Annual administration report of the Civil Veterinary Department of India - 1895-1896
Year: 1895
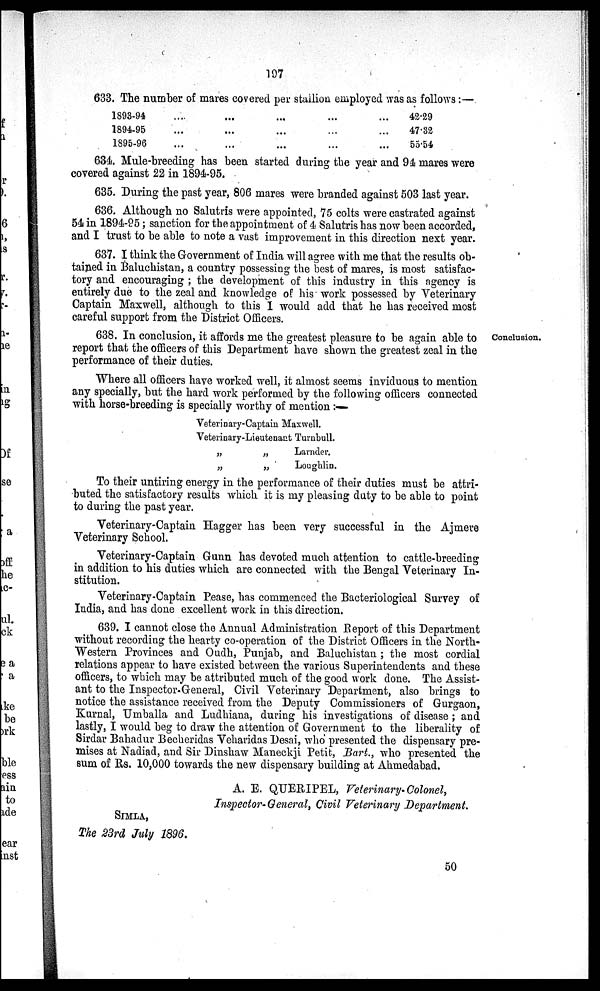
107
633. The number of mares covered per stallion employed was as follows:—
1893-94
1894-95
1895-96
...
...
...
...
...
...
...
...
...
...
...
...
...
...
...
42.29
47.32
55.54
634. Mule-breeding has been started during the year and 94 mares were
covered against 22 in 1894-95.
635. During the past year, 806 mares were branded against 503 last year.
636. Although no Salutris were appointed, 75 colts were castrated against
54 in 1894-95; sanction for the appointment of 4 Salutris has now been accorded,
and I trust to be able to note a vast improvement in this direction next year.
637. I think the Government of India will agree with me that the results ob-
tained in Baluchistan, a country possessing the best of mares, is most satisfac-
tory and encouraging; the development of this industry in this agency is
entirely due to the zeal and knowledge of his work possessed by Veterinary
Captain Maxwell, although to this I would add that he has received most
careful support from the District Officers.
Conclusion.
638. In conclusion, it affords me the greatest pleasure to be again able to
report that the officers of this Department have shown the greatest zeal in the
performance of their duties.
Where all officers have worked well, it almost seems inviduous to mention
any specially, but the hard work performed by the following officers connected
with horse-breeding is specially worthy of mention:—
Veterinary-Captain Maxwell.
Veterinary-Lieutenant Turnbull.
„
„
„
„
Larnder.
Loughlin.
To their untiring energy in the performance of their duties must be attri-
buted the satisfactory results which it is my pleasing duty to be able to point
to during the past year.
Veterinary-Captain Hagger has been very successful in the Ajmere
Veterinary School.
Veterinary-Captain Gunn has devoted much attention to cattle-breeding
in addition to his duties which are connected with the Bengal Veterinary In-
stitution.
Veterinary-Captain Pease, has commenced the Bacteriological Survey of
India, and has done excellent work in this direction.
639. I cannot close the Annual Administration Report of this Department
without recording the hearty co-operation of the District Officers in the North-
Western Provinces and Oudh, Punjab, and Baluchistan; the most cordial
relations appear to have existed between the various Superintendents and these
officers, to which may be attributed much of the good work done. The Assist-
ant to the Inspector-General, Civil Veterinary Department, also brings to
notice the assistance received from the Deputy Commissioners of Gurgaon,
Kurnal, Umballa and Ludhiana, during his investigations of disease; and
lastly, I would beg to draw the attention of Government to the liberality of
Sirdar Bahadur Becheridas Veharidas Desai, who presented the dispensary pre-
mises at Nadiad, and Sir Dinshaw Maneckji Petit, Bart., who presented the
sum of Rs. 10,000 towards the new dispensary building at Ahmedabad.
A. E. QUERIPEL, Veterinary-Colonel,
Inspector-General, Civil Veterinary Department.
SIMLA,
The 23rd July 1896.
50